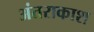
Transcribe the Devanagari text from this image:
अंतराकाश